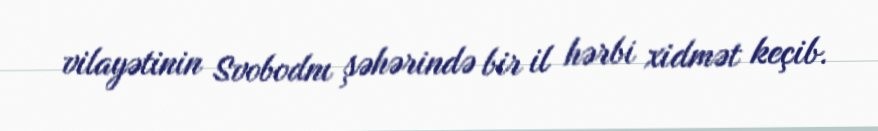
vilayətinin Svobodnı şəhərində bir il hərbi xidmət keçib.